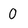
Character: 0